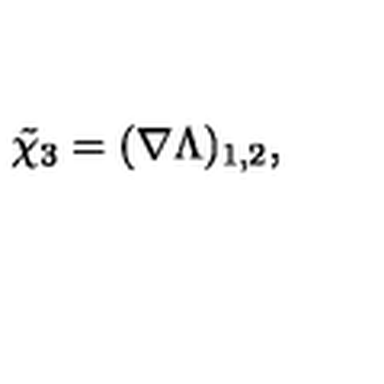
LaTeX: \tilde { \chi } _ { 3 } = ( \nabla \Lambda ) _ { 1 , 2 } ,